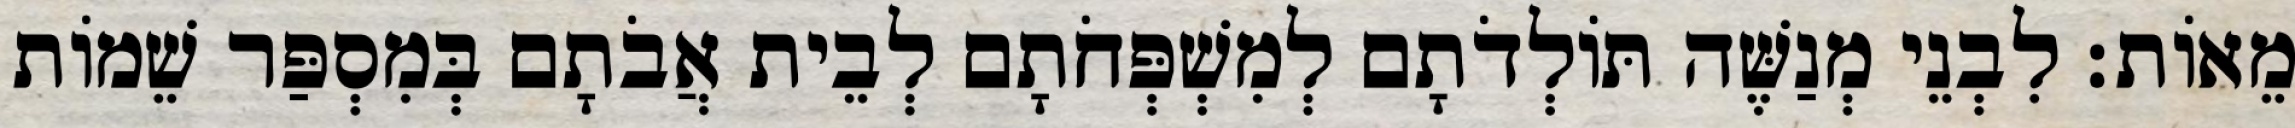
מֵאוֹת׃ לִבְנֵי מְנַשֶּׁה תּוֹלְדֹתָם לְמִשְׁפְּחֹתָם לְבֵית אֲבֹתָם בְּמִסְפַּר שֵׁמוֹת